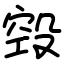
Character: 㲁